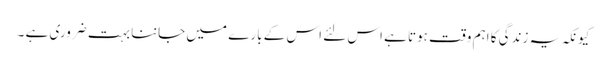
کیونکہ یہ زندگی کا اہم وقت ہوتا ہے اس لئے اس کے بارے میں جاننا بہت ضروری ہے ۔